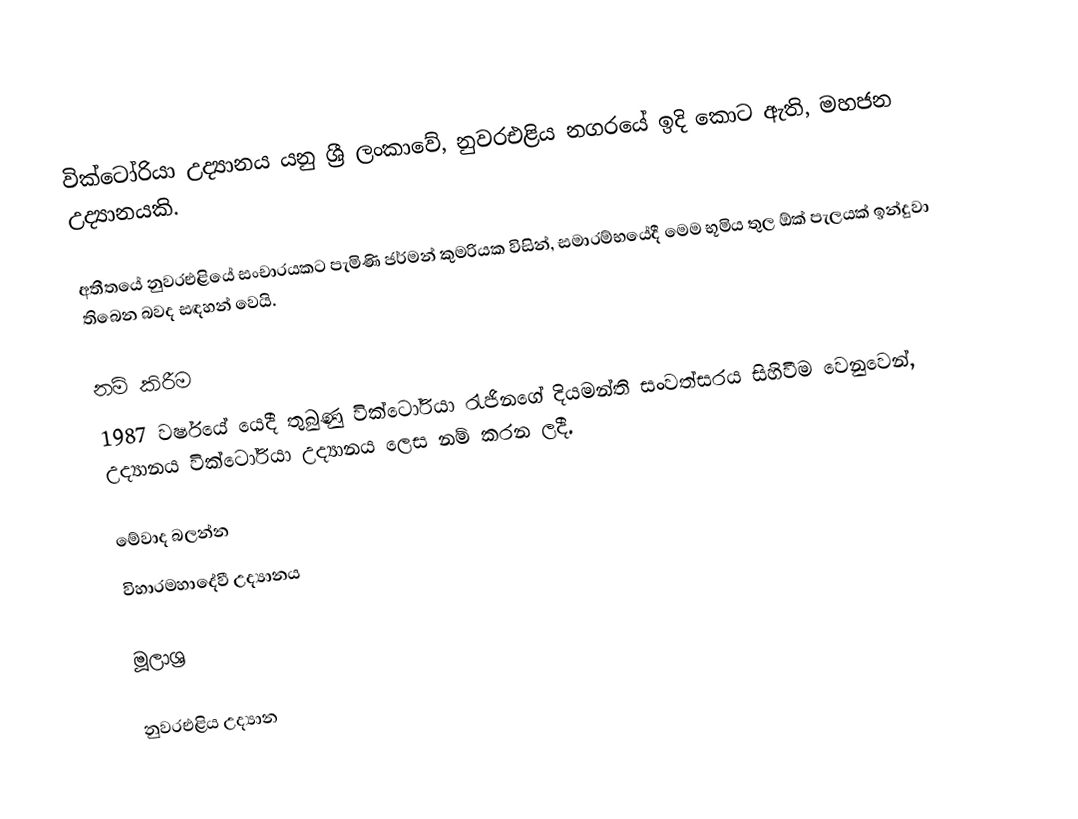
වික්ටෝරියා උද්‍යානය යනු ශ්‍රී ලංකාවේ, නුවරඑළිය නගරයේ ඉදි කොට ඇති, මහජන උද්‍යානයකි.

අතීතයේ නුවරඑළියේ සංචාරයකට පැමිණි ජර්මන් කුමරියක විසින්, සමාරම්භයේදී මෙම භූමිය තුල ඕක් පැලයක් ඉන්දුවා තිබෙන බවද සඳහන් වෙයි.

නම් කිරීම
1987 වර්ෂයේ යෙදී තුබුණු වික්ටෝරියා රැජිනගේ දියමන්ති සංවත්සරය සිහිවීම වෙනුවෙන්, උද්‍යානය වික්ටෝරියා උද්‍යානය ලෙස නම් කරන ලදී.

මේවාද බලන්න
විහාරමහාදේවී උද්‍යානය

මූලාශ්‍ර

නුවරඑළිය උද්‍යාන